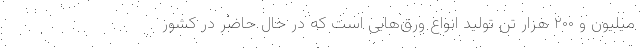
میلیون و ۲۰۰ هزار تن تولید انواع ورق‌هایی است که در حال حاضر در کشور